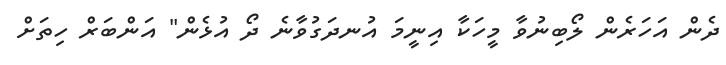
ދެން އަހަރެން ލޯބިނުވާ މީހަކާ އިނީމަ އުނދަގުވާނެ ދޯ އުޅެން" އަންބަރް ހިތަށް